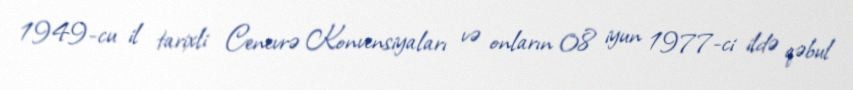
1949-cu il tarixli Cenevrə Konvensiyaları və onların 08 iyun 1977-ci ildə qəbul